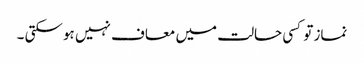
نماز تو کسی حالت میں معاف نہیں ہو سکتی ۔